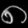
Digit: ၈